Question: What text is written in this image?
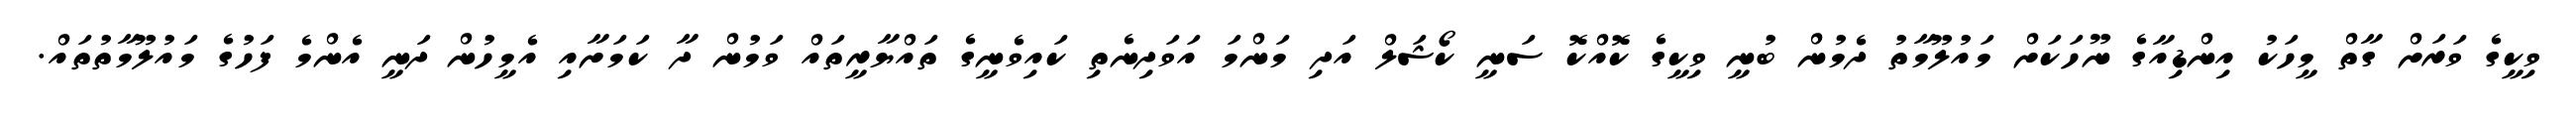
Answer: ވިކީގެ ވަރަށް ގާތް މީހަކު އިންޑިއާގެ ނޫހަކަށް މައުލޫމާތު ދެމުން ބުނީ ވިކީގެ ކޮއްކޮ ސަނީ ކޯޝަލް އަދި މަންމަ އަވަދިނެތި ކައިވެނީގެ ތައްޔާރީތައް ވަމުން ދާ ކަމަށާއި އެމީހުން ދަނީ އެންމެ ފަހުގެ މައުލޫމާތުތައް.